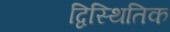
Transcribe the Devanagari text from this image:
द्विस्थितिक